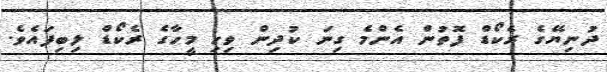
ދުނިޔޭގެ ރެކޯޑް ފޮތުން އެންމެ ގިނަ ކުދިން ވިހި މީހާގެ ރެކޯޑް ލިބިފައެވެ.